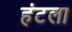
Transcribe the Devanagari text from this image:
हंटला